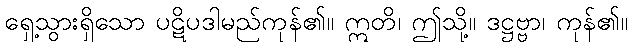
ရှေ့သွားရှိသော ပဋိပဒါမည်ကုန်၏။ ဣတိ၊ ဤသို့။ ဒဋ္ဌဗ္ဗာ၊ ကုန်၏။